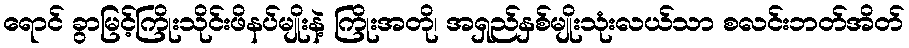
ရောင် ခွာမြင့်ကြိုးသိုင်းဖိနပ်မျိုးနဲ့ ကြိုးအတို၊ အရှည်နှစ်မျိုးသုံးလယ်သာ စလင်းဘတ်အိတ်